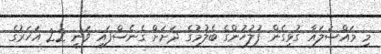
މި މައްސަލައާ ގުޅިގެން ފުލުހުންގެ ބެލުމުގެ ދަށަށް ގެނެސްފައި ވަނީ 22 އަހަރުގެ